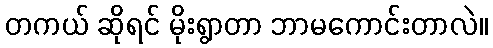
တကယ် ဆိုရင် မိုးရွာတာ ဘာမကောင်းတာလဲ။